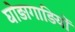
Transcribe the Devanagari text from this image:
घोड़ागाड़ियों